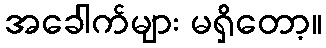
အခေါက်များ မရှိတော့။